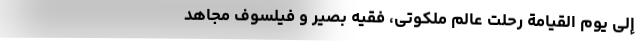
إِلَى یَوْمِ الْقِیَامَةِ رحلت عالم ملکوتی، فقیه بصیر و فیلسوف مجاهد